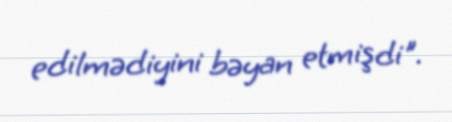
edilmədiyini bəyan etmişdi".